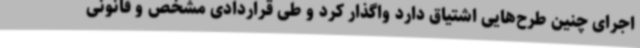
اجرای چنین طرح‌هایی اشتیاق دارد واگذار کرد و طی قراردادی مشخص و قانونی